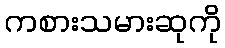
ကစားသမားဆုကို